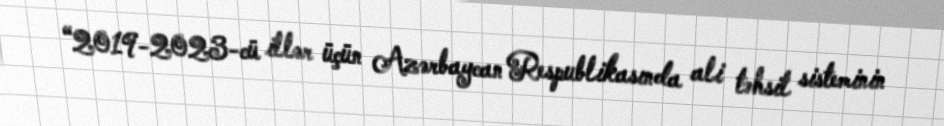
“2019-2023-cü illər üçün Azərbaycan Respublikasında ali təhsil sisteminin